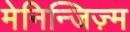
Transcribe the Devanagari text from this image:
मेनिन्जिज़्म